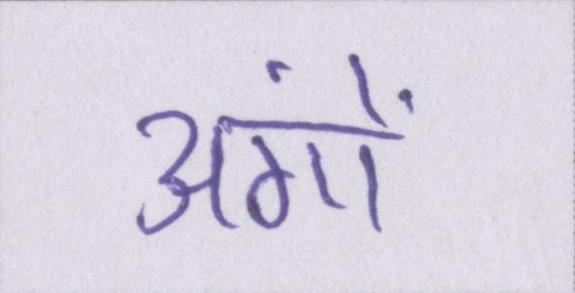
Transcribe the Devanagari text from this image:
अंगों